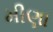
મીણા